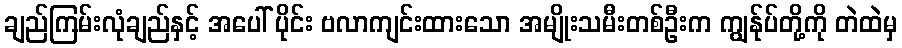
ချည်ကြမ်းလုံချည်နှင့် အပေါ် ပိုင်း ဗလာကျင်းထားသော အမျိုးသမီးတစ်ဦးက ကျွန်ုပ်တို့ကို တဲထဲမှ